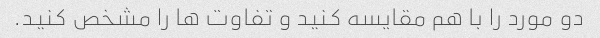
دو مورد را با هم مقایسه کنید و تفاوت ها را مشخص کنید.